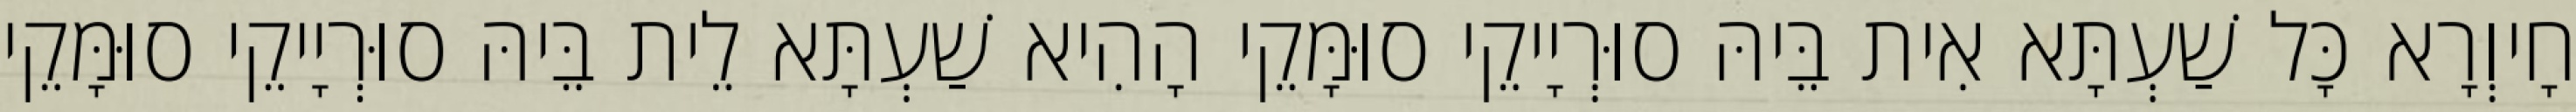
חָיוְרָא כָּל שַׁעְתָּא אִית בֵּיהּ סוּרְיָיקֵי סוּמָּקֵי הָהִיא שַׁעְתָּא לֵית בֵּיהּ סוּרְיָיקֵי סוּמָּקֵי